Annual administration report of the Civil Veterinary Department of India - 1893-1894
Year: 1893
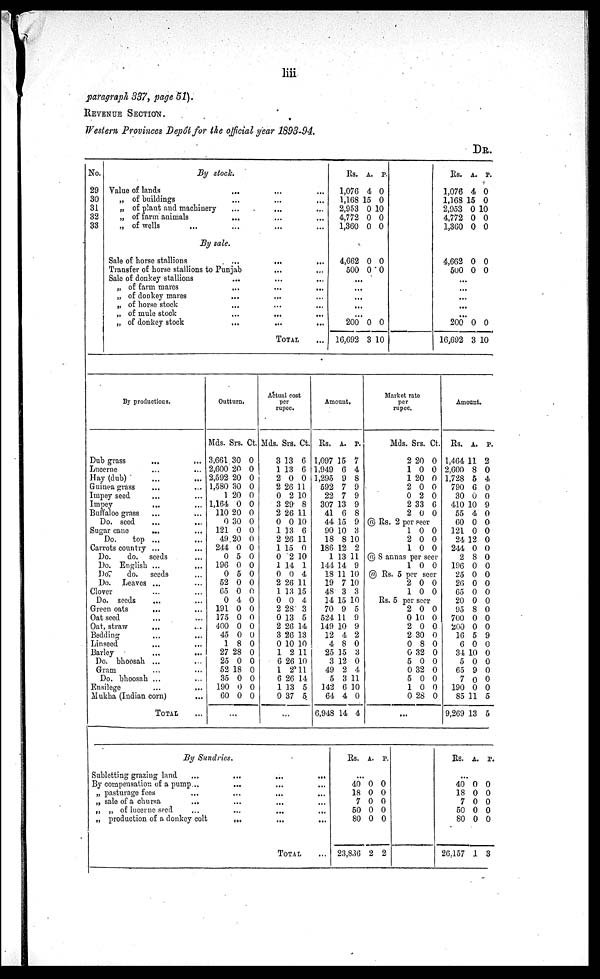
liii
paragraph 337, page 51).
REVENUE SECTION.
Western Provinces Depôt for the official year 1893-94.
DR.
No.
29
30
31
32
33
By stock.
Value of lands
...
...
...
„ of buildings ... ... ...
„ of plant and machinery ... ... ...
„ of farm animals ... ... ...
„ of wells ... ... ... ...
By sale.
Sale of horse stallions ... ... ...
Transfer of horse stallions to Punjab ... ...
Sale of donkey stallions ... ... ...
„ of farm mares ... ... ...
„ of donkey mares ... ... ...
„ of horse stock
...
...
...
„ of mule stock ... ... ...
„ of donkey stock ... ... ...
TOTAL...
Rs.
1,076
1,168
2,953
4,772
1,360
A.
4
15
0
0
0
P.
0
0
10
0
0
4,662
500
0
0
0
0
...
...
...
...
...
200
16,692
0
3
0
10
Rs.
1,076
1,168
2,953
4,772
1,360
4,662
500
A.
4
15
0
0
0
0
0
P.
0
0
10
0
0
0
0
...
...
...
...
...
200
16,692
0
3
0
10
By productions
Dub grass ... ...
Lucerne ... ...
Hay (dub) ... ...
Guinea grass ... ...
Impey seed ... ...
Impey ... ...
Buffaloe grass ... ...
Do. seed ... ...
Sugar cane ... ...
Do.
top ... ...
Carrots country ... ...
Do.
do. seeds ...
Do. English ... ...
Do.
do.
seeds...
Do. Leaves ... ...
Clover ... ...
Do. seeds ... ...
Green oats ... ...
Oat seed ... ...
Oat, straw ... ...
Bedding ... ...
Linseed ... ...
Barley ... ...
Do. bhoosah ... ...
Gram ... ...
Do. bhoosah ... ...
Ensilege ... ...
Mukha (Indian corn) ...
TOTAL ...
Outturn.
Mds.
3,661
2,600
2,592
1,580
1
1,164
110
0
121
49
244
0
196
0
52
65
0
191
175
400
45
1
27
25
52
35
190
60
Srs.
30
20
20
30
20
0
20
30
0
20
0
5
0
5
0
0
4
0
0
0
0
8
28
0
18
0
0
0
Ct.
0
0
0
0
0
0
0
0
0
0
0
0
0
0
0
0
0
0
0
0
0
0
0
0
0
0
0
0
.
..
Actual cost
per
rupee.
Mds.
3
1
2
2
0
3
2
0
1
2
1
0
1
0
2
1
0
2
0
2
3
0
1
6
1
6
1
0
Srs.
13
13
0
26
2
29
26
0
13
26
15
2
14
0
26
13
0
28
13
26
26
10
2
26
2'
26
13
37
Ct.
6
6
0
11
10
8
11
10
6
11
0
10
1
4
11
15
4
3
5
14
13
10
11
10
11
14
5
5
...
Amount.
Rs.
1,097
1,949
1,295
592
22
307
41
44
90
18
186
1
144
18
19
48
14
70
524
149
12
4
25
3
49
5
142
64
6,948
A.
15
6
9
7
7
13
6
15
10
8
12
13
14
11
7
3
15
9
11
10
4
8
15
12
2
3
6
4
14
P.
7
4
8
9
9
9
8
9
3
10
2
11
9
10
10
3
10
5
9
9
2
0
3
0
4
11
10
0
4
Market rate
per
rupee.
Mds.
2
1
1
2
0
2
2
Srs.
20
0
20
0
2
33
0
Ct.
0
0
0
0
0
6
0
@ Rs. 2 per seer
1
2
1
0
0
0
0
0
0
@ S annas per seer
1 0 0
@ Rs. 5 per seer
2
1
0
0
0
0
Rs. 5 per seer
2
0
2
2
0
0
5
0
5
1
0
0
10
0
30
8
32
0
32
0
0
28
0
0
0
0
0
0
0
0
0
0
0
...
Amount.
Rs.
1,464
2,600
1,728
790
30
410
55
60
121
24
244
2
196
25
26
65
20
95
700
200
16
6
34
5
65
7
190
85
9,269
A.
11
8
5
6
0
10
4
0
0
12
0
8
0
0
0
0
0
8
0
0
5
0
10
0
9
0
0
11
13
P.
2
0
4
0
0
9
0
0
0
0
0
0
0
0
0
0
0
0
0
0
9
0
0
0
0
0
0
5
5
By
Sundries.
Subletting grazing land
...
...
...
...
By compensation of a pump ... ... ... ...
„ pasturage fees ... ... ... ...
„ sale of a chursa ... ... ... ....
„ „ of lucerne seed
...
...
...
...
„ production of a donkey colt
...
...
TOTAL ...
Rs. A. P.
...
40
18
7
50
80
23,836
0
0
0
0
0
2
0
0
0
0
0
2
Rs. A P.
...
40
18
7
50
80
26,157
0
0
0
0
0
1
0
0
0
0
0
3